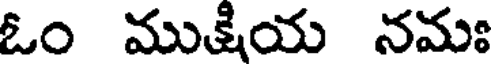
ఓం ముక్షియ నమః